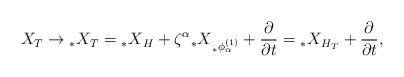
LaTeX: \begin{align*}X_{T}\rightarrow{_{*}X}_{T}={_{*}X}_{H}+\zeta^{\alpha}{_{*}X}_{{_{*}\phi}^{(1)}_{\alpha}}+\frac{\partial}{\partial t}={_{*}X}_{H_{T}}+\frac{\partial}{\partial t},\end{align*}